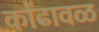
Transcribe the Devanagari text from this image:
कोंढावळ